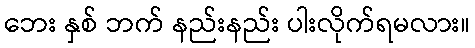
ဘေး နှစ် ဘက် နည်းနည်း ပါးလိုက်ရမလား။